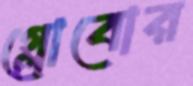
গ্লোবোর